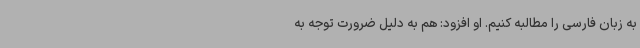
به زبان فارسی را مطالبه کنیم. او افزود: هم به دلیل ضرورت توجه به